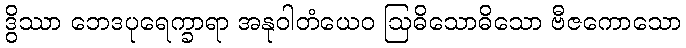
ဒွိဿာ ဘေဒပုရေက္ခာရာ အနုဝါတံယေဝ ဩဓိသောဓိသော ဗီဇကောသော